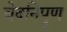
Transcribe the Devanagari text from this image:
वेदनिपुण